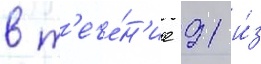
в т'ече́н'ие 91 и́з